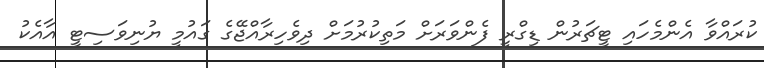
ކުރައްވާ އެންމެހައި ޓީޗަރުން ޑިގްރީ ފެންވަރަށް މަތިކުރުމަށް ދިވެހިރާއްޖޭގެ ގައުމީ ޔުނިވަސިޓީ އާއެކު